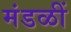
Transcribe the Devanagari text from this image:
मंडळीं